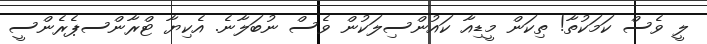
ލީ ވެސް ކަމަކުތާ! ތިކަން މީޑިއާ ކައުންސިލަކުން ވެސް ނުބަލާނެ. އެކިޔާ ޓްރާންސޕެރެންސީ